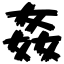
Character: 姦